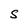
Character: S